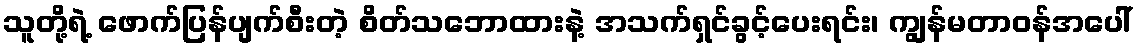
သူတို့ရဲ့ ဖောက်ပြန်ပျက်စီးတဲ့ စိတ်သဘောထားနဲ့ အသက်ရှင်ခွင့်ပေးရင်း၊ ကျွန်မတာဝန်အပေါ်